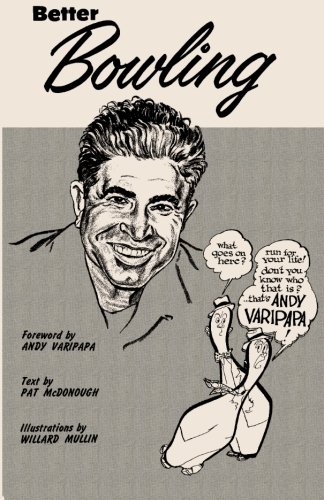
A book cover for Better Bowling Andy Varipapa; Andy Varipapa; Sports & Outdoors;